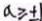
a \geqslant \pm 1